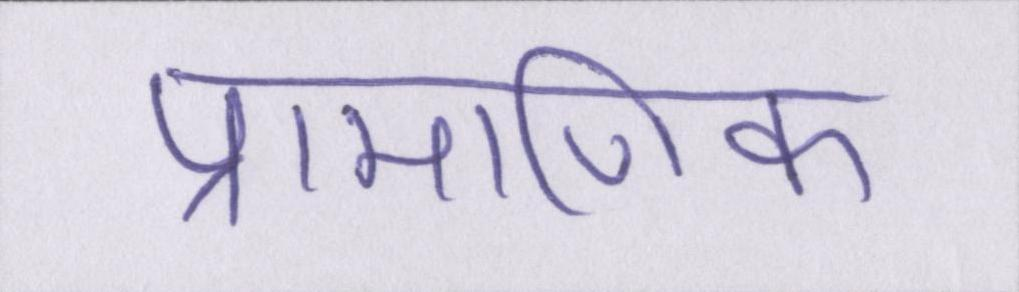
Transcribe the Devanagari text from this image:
प्रामाणिक